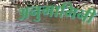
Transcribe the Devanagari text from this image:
अनुगामिनी